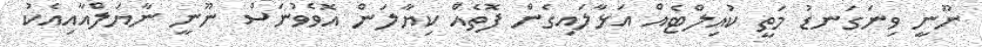
ނޫނީ ވިނަގަނޑު މަތީ ކުއިލްޓެއް އަޅާލައިގެން ފޮތެއް ކިޔާލަން އޮވެވުނަސް ނޫނީ ނާޔަލްއާއިއެކު